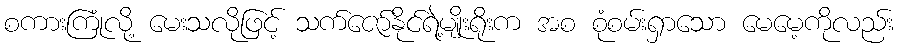
စကားကြုံလို့ မေးသလိုဖြင့် သက်ဇော်နိုင်ရဲ့မျိုးရိုးက အစ စုံစမ်းရှာသော မေမေ့ကိုလည်း